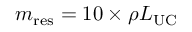
m _ { \mathrm { r e s } } = 1 0 \times \rho L _ { \mathrm { U C } }